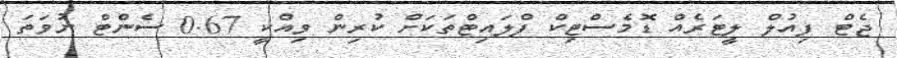
ޖެޓް ފިއުލް ލީޓަރެއް ޑޮމެސްޓިކް ފްލައިޓްތަކަށް ކުރިން ވިއްކީ 0.67 ސެންޓް ނުވަތަ